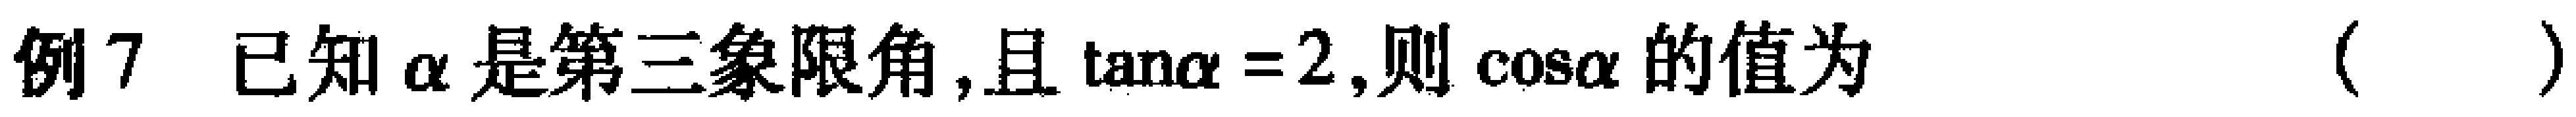
例7 已知$\alpha$是第三象限角,且$\tan\alpha = 2$,则$\cos\alpha$的值为（  ）